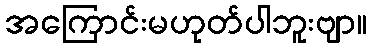
အကြောင်းမဟုတ်ပါဘူးဗျာ။